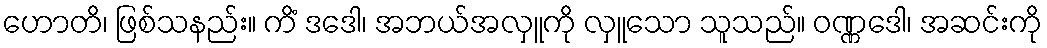
ဟောတိ၊ ဖြစ်သနည်း။ ကိံ ဒဒေါ၊ အဘယ်အလှူကို လှူသော သူသည်။ ဝဏ္ဏဒေါ၊ အဆင်းကို